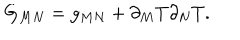
G _ { M N } = g _ { M N } + \partial _ { M } T \partial _ { N } T .